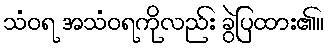
သံဝရ အသံဝရကိုလည်း ခွဲပြထား၏။